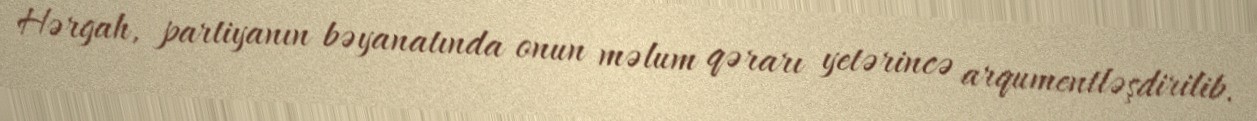
Hərgah, partiyanın bəyanatında onun məlum qərarı yetərincə arqumentləşdirilib.